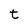
Character: t